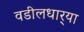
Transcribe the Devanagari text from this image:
वडीलधार्‍या